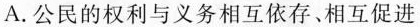
A.公民的权利与义务相互依存、相互促进